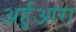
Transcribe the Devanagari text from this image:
अर्हुआरा